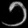
Digit: ၁